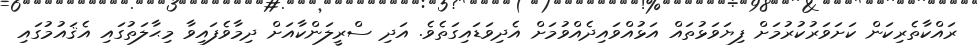
ރައްކާތެރިކަން ކަށަވަރުކުރުމަށް ފިޔަވަޅުތައް އަޅުއްވައިދެއްވުމަށް އެދިވަޑައިގަތެވެ. އަދި ސްރީލަންކާއަށް ދިމާވެފައިވާ މިޙާލަތުގައި އެޤައުމުގައި